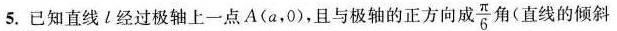
5.已知直线l经过极轴上一点A(a，0)，且与极轴的正方向成 \frac{ π}{6} 角(直线的倾斜